Annual statistical returns and brief notes on vaccination in Bengal - 1909-1929
Year: 1909
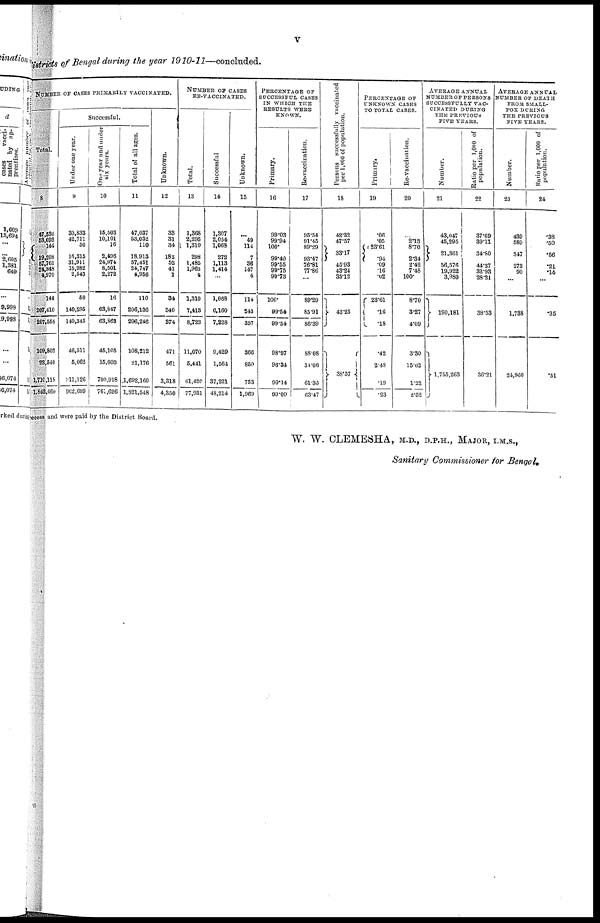
v
Districts of Bengal during the year 1910-11—concluded.
NUMBER OF CASES PRIMARILY VACCINATED.
Total.
8
47,530
53,093
144
19,208
57,761
24,848
4,970
144
207,410
207,554
109,802
22,540
1,710,118
1,842,460
Successful.
Under one year.
9
30,833
42,711
50
16,315
31,911
15,982
2,543
50
140,295
140,345
46,511
5,062
911,126
962,699
One year and under
six years.
10
15,503
10,101
16
2,496
24,974
8,501
2,272
16
63,847
63,863
46,105
15,603
700,918
761,626
Total of all ages.
11
47,037
53,032
110
18,913
57,451
24,747
4,956
110
206,136
206,246
108,212
21,176
1,692,160
1,821,548
Unknown.
12
33
31
34
182
52
41
1
34
340
374
471
561
3,318
4,350
NUMBER OF CASES
RE-VACCINATED.
Total.
13
1,368
2,295
1,310
298
1,485
1,963
4
1,310
7,413
8,723
11,070
5,441
61,420
77,931
Successful
14
1,307
2,054
1,068
272
1,113
1,414
...
1,068
6,160
7,228
9,429
1,564
37,221
48,214
Unknown.
15
...
49
114
7
36
147
4
114
243
357
366
850
753
1,969
PERCENTAGE OF
SUCCESSFUL CASES
IN WHICH THE
RESULTS WERE
KNOWN.
Primary.
16
99.03
99.94
100.
99.40
99.55
99.75
99.73
100.
99.54
99.54
98.97
96.34
99.14
99.09
Re-vaccination.
17
95.54
91.45
89.29
93.47
76.81
77.86
...
89.29
85.91
86.39
88.08
34.06
61.35
63.47
Persons successfully vaccinated
per 1,000 of population.
18
42.32
47.57
33.17
45.93
43.24
35.12
43.25
38.37
PERCENTAGE OF
UNKNOWN CASES
TO TOTAL CASES.
Primary.
19
.06
.05
23.61
.94
.09
.16
.02
23.61
.16
.18
.42
2.48
.19
.23
Re-vaccination.
20
...
2.13
8.70
2.34
2.42
7.48
100.
8.70
3.27
4.09
3.30
15.62
1.22
2.52
AVERAGE ANNUAL
NUMBER OF PERSONS
SUCCESSFULLY VAC-
CINATED DURING
THE PREVIOUS
FIVE YEARS.
Number.
21
43,047
45,295
21,361
56,576
19,922
3,980
190,181
1,755,263
Ratio per 1,000 of
population.
22
37.69
39.11
34.80
44.37
32.93
28.21
38.53
36.21
AVERAGE ANNUAL
NUMBER OF DEATH
FROM SMALL-
POX DURING
THE PREVIOUS
FIVE YEARS.
Number.
23
439
589
347
273
90
...
1,738
24,960
Ratio per 1,000 of
population.
24
.38
.50
.56
.21
.14
...
.35
.51
ecess and were paid by the District Board.
W. W. CLEMESHA, M.D., D.P.H., MAJOR, I.M.S.,
Sanitary Commissioner for Bengal.